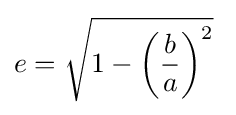
e={\sqrt {1-\left({\frac {b}{a}}\right)^{2}}}\